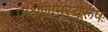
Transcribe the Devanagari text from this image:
पश्रिणामस्वरूप